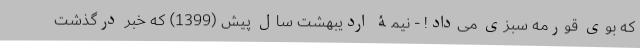
که بوی قورمه سبزی می‌داد! - نیمۀ اردیبهشت سال پیش (1399) که خبر درگذشت